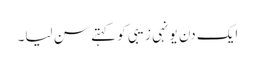
ایک دن یونہی زیبی کو کہتے سن لیا۔